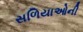
સળિયાઓની